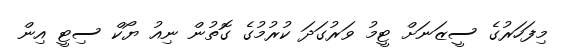
މިފަހަރުގެ ސީޒަނަށް ޓީމު ވަރުގަދަ ކުރުމުގެ ގޮތުން ނިއު ޔޯކް ސިޓީ އިން